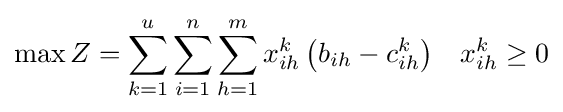
\max Z=\sum _{k=1}^{u}{\sum _{i=1}^{n}{\sum _{h=1}^{m}{x_{ih}^{k}\left({b_{ih}-c_{ih}^{k}}\right)}}}\quad x_{ih}^{k}\geq 0